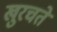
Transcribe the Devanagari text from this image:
खुरचते